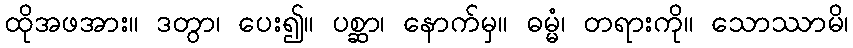
ထိုအဖအား။ ဒတွာ၊ ပေး၍။ ပစ္ဆာ၊ နောက်မှ။ ဓမ္မံ၊ တရားကို။ သောဿာမိ၊